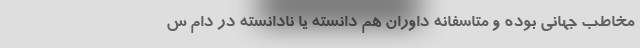
مخاطب جهانی بوده و متاسفانه داوران هم دانسته یا نادانسته در دام س